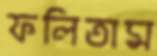
ফলিতাম